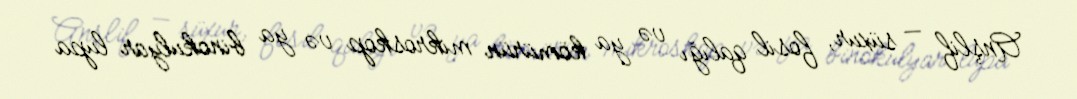
Anşlif — süxur, fosil qalığı və ya kömürün mikroskop və ya binokulyar lupa